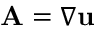
{ \mathbf { A } } = \nabla { \mathbf { u } }